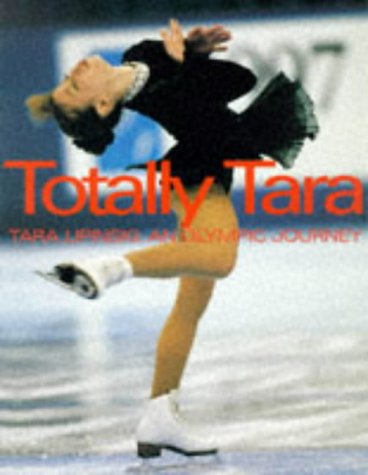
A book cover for Totally Tara: An Olympic Journal; Tara Lipinski; Sports & Outdoors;